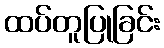
ထပ်တူပြုခြင်း